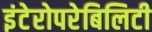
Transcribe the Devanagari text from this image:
इंटेरोपरेबिलिटी